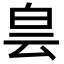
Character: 𤽎